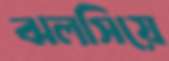
ঝলসিয়ে